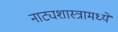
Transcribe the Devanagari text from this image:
नाट्यशास्त्रामध्ये